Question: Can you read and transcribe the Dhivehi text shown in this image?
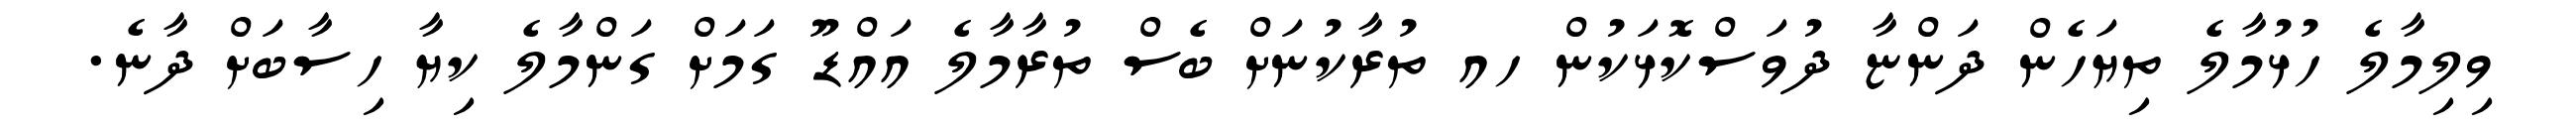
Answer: ވިލިމާލެ ހުޅުމާލެ ތިޔަހެން ދަންޏާ ދުވަސްކޮޅަކުން ހއ ތުރާކުނަށް ބެސް ތުރާމާލެ އައްޑޫ ގަމަށް ގަންމާލެ ކިޔާ ހިސާބަށް ދާނެ.